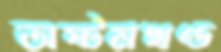
অষ্টমখণ্ড